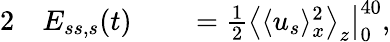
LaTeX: \begin{array}{rlrl}{{2}}&{{}E_{ss,s}(t)}&{}&{{}=\frac{1}{2}\big\langle\langle u_{s}\rangle_{x}^{2}\big\rangle_{z}\big|_{0}^{40},}\end{array}